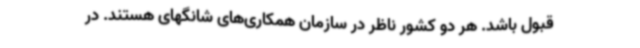
قبول باشد. هر دو کشور ناظر در سازمان همکاری‌های شانگهای هستند. در